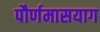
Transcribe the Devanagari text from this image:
पौर्णमासयाग